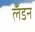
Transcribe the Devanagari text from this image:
लॅंडन